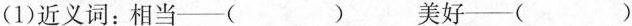
(1)近义词：相当—( ) 美好—( )